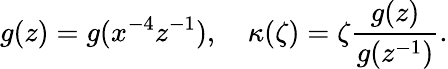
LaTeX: g(z)=g(x^{-4}z^{-1}),~~~~\kappa(\zeta)=\zeta\frac{g(z)}{g(z^{-1})}.